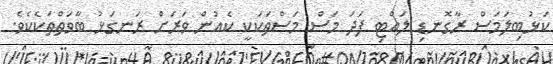
ކަޅުބިލަމަސް ރާގޮނޑި ލައްޓި ފަދަ މަސް މަސްތަކަކީ ކެއުން ވަރަށް ރަނގަޅު ބާވަތްތަކެކެވެ.